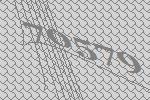
70579